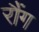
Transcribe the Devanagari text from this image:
रौंग